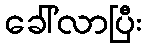
ခေါ်လာပြီး